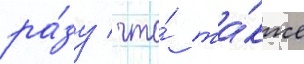
ра́зу / что́ та́кже